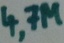
Text: 4,7M